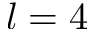
l = 4